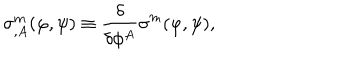
LaTeX: \sigma _ { , A } ^ { m } ( \varphi , \psi ) \equiv \frac { \delta } { \delta \phi ^ { A } } \sigma ^ { m } ( \varphi , \psi ) ,